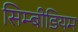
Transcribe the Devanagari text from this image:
सिम्बीडियम